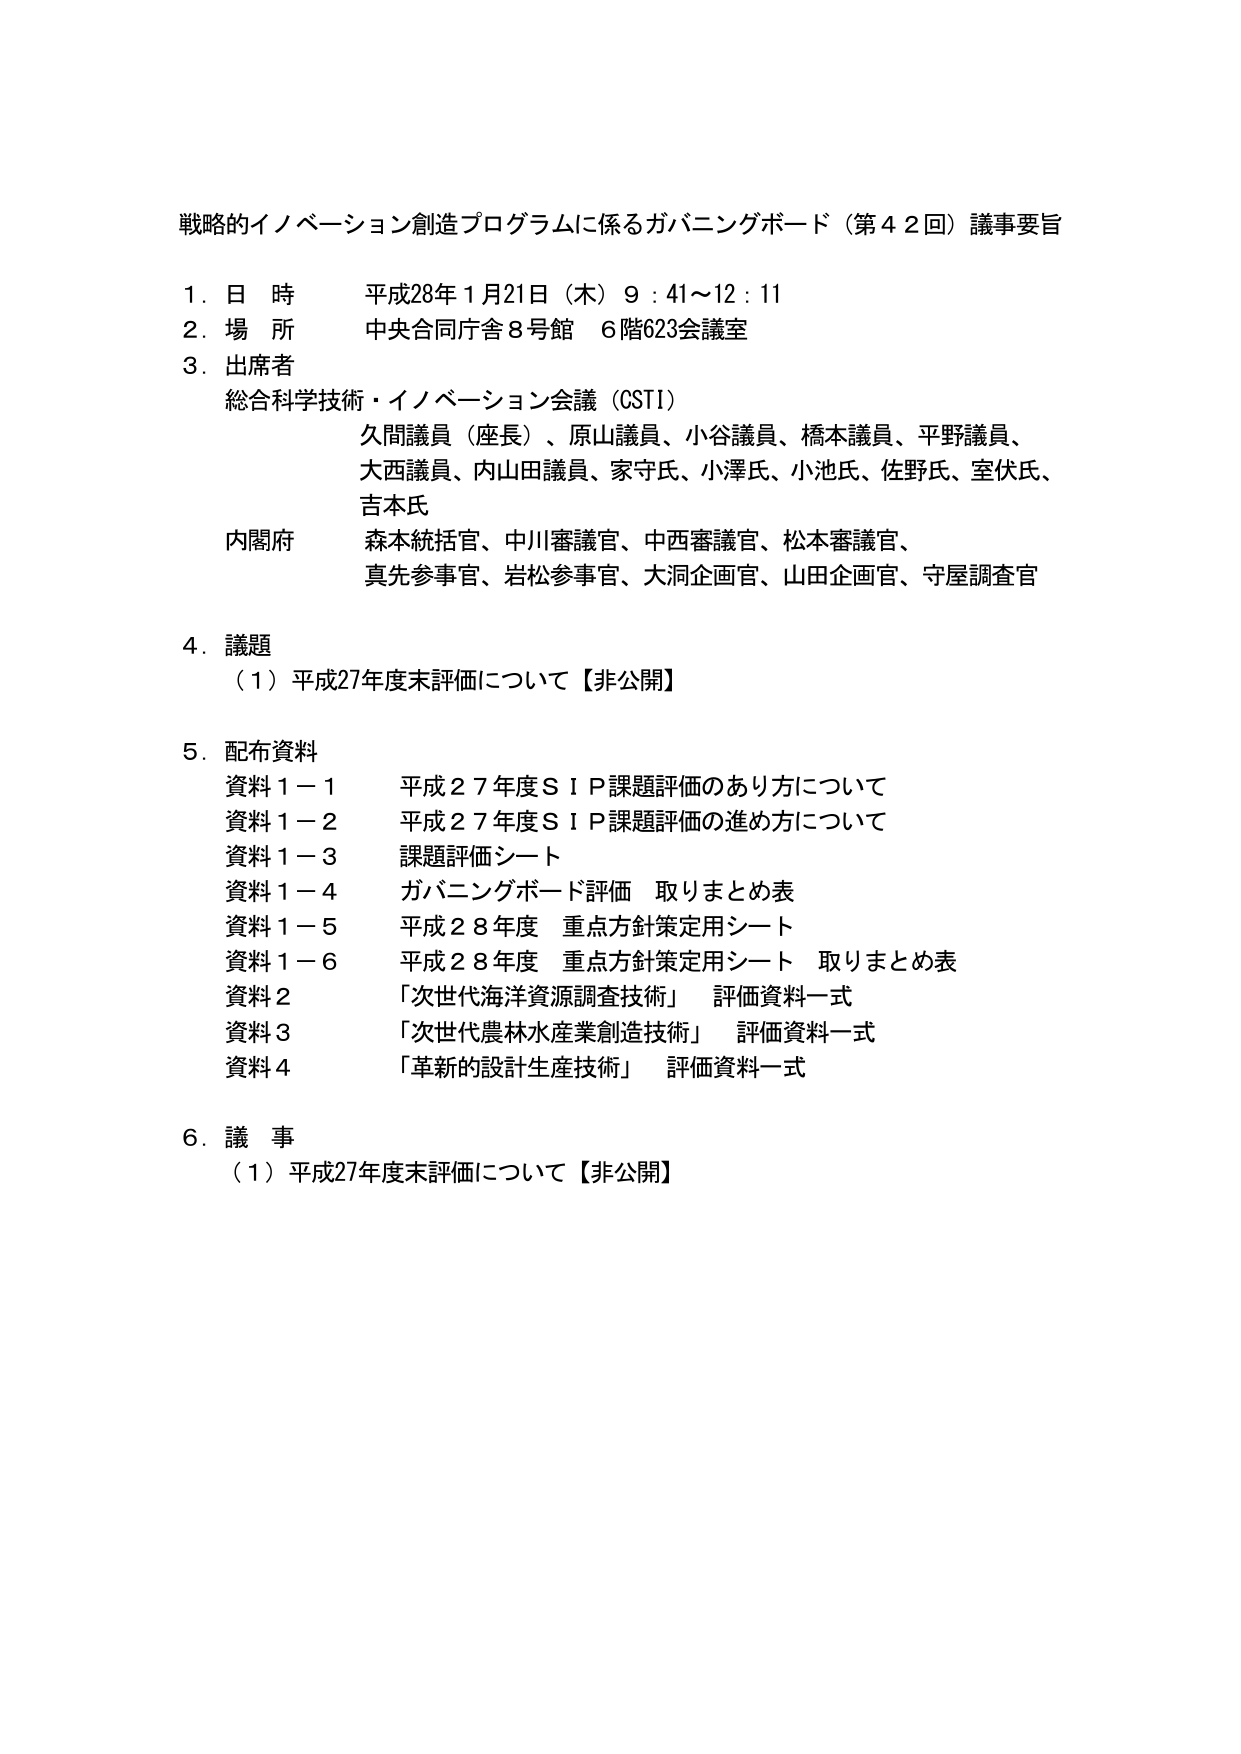
戦略的イノベーション創造プログラムに係るガバニングボード（第42回）議事要旨

1. 日時 平成28年1月21日（木）9:41～12:11
2. 場所 中央合同庁舎8号館 6階623会議室
3. 出席者
　総合科学技術・イノベーション会議（CSTI）
　　久間議員（座長）、原山議員、小谷議員、橋本議員、平野議員、
　　大西議員、内山田議員、家守氏、小澤氏、小池氏、佐野氏、室伏氏、
　　吉本氏
　内閣府 森本統括官、中川審議官、中西審議官、松本審議官、
　　　　　真先参事官、岩松参事官、大洞企画官、山田企画官、守屋調査官

4. 議題
　（1）平成27年度末評価について【非公開】

5. 配布資料
　資料1－1 平成27年度ＳＩＰ課題評価のあり方について
　資料1－2 平成27年度ＳＩＰ課題評価の進め方について
　資料1－3 課題評価シート
　資料1－4 ガバニングボード評価 取りまとめ表
　資料1－5 平成28年度 重点方針策定用シート
　資料1－6 平成28年度 重点方針策定用シート 取りまとめ表
　資料2 「次世代海洋資源調査技術」 評価資料一式
　資料3 「次世代農林水産業創造技術」 評価資料一式
　資料4 「革新的設計生産技術」 評価資料一式

6. 議事
　（1）平成27年度末評価について【非公開】